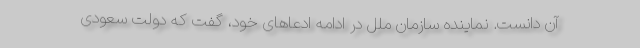
آن دانست. نماینده سازمان ملل در ادامه ادعاهای خود، گفت که دولت سعودی